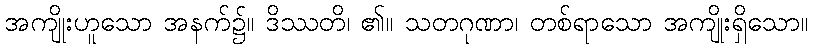
အကျိုးဟူသော အနက်၌။ ဒိဿတိ၊ ၏။ သတဂုဏာ၊ တစ်ရာသော အကျိုးရှိသော။